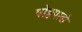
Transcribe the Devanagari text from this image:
पोठ्ठपादो